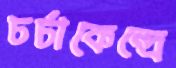
চর্চাকেন্দ্রে